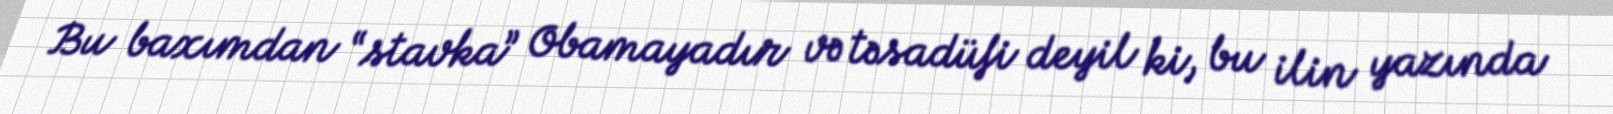
Bu baxımdan “stavka” Obamayadır və təsadüfi deyil ki, bu ilin yazında